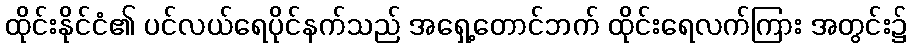
ထိုင်းနိုင်ငံ၏ ပင်လယ်ရေပိုင်နက်သည် အရှေ့တောင်ဘက် ထိုင်းရေလက်ကြား အတွင်း၌